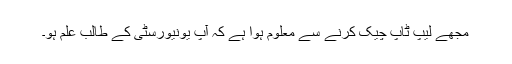
مجھے لیپ ٹاپ چیک کرنے سے معلوم ہوا ہے کہ آپ یونیورسٹی کے طالب علم ہو۔